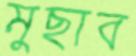
মুছাব